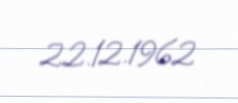
22.12.1962